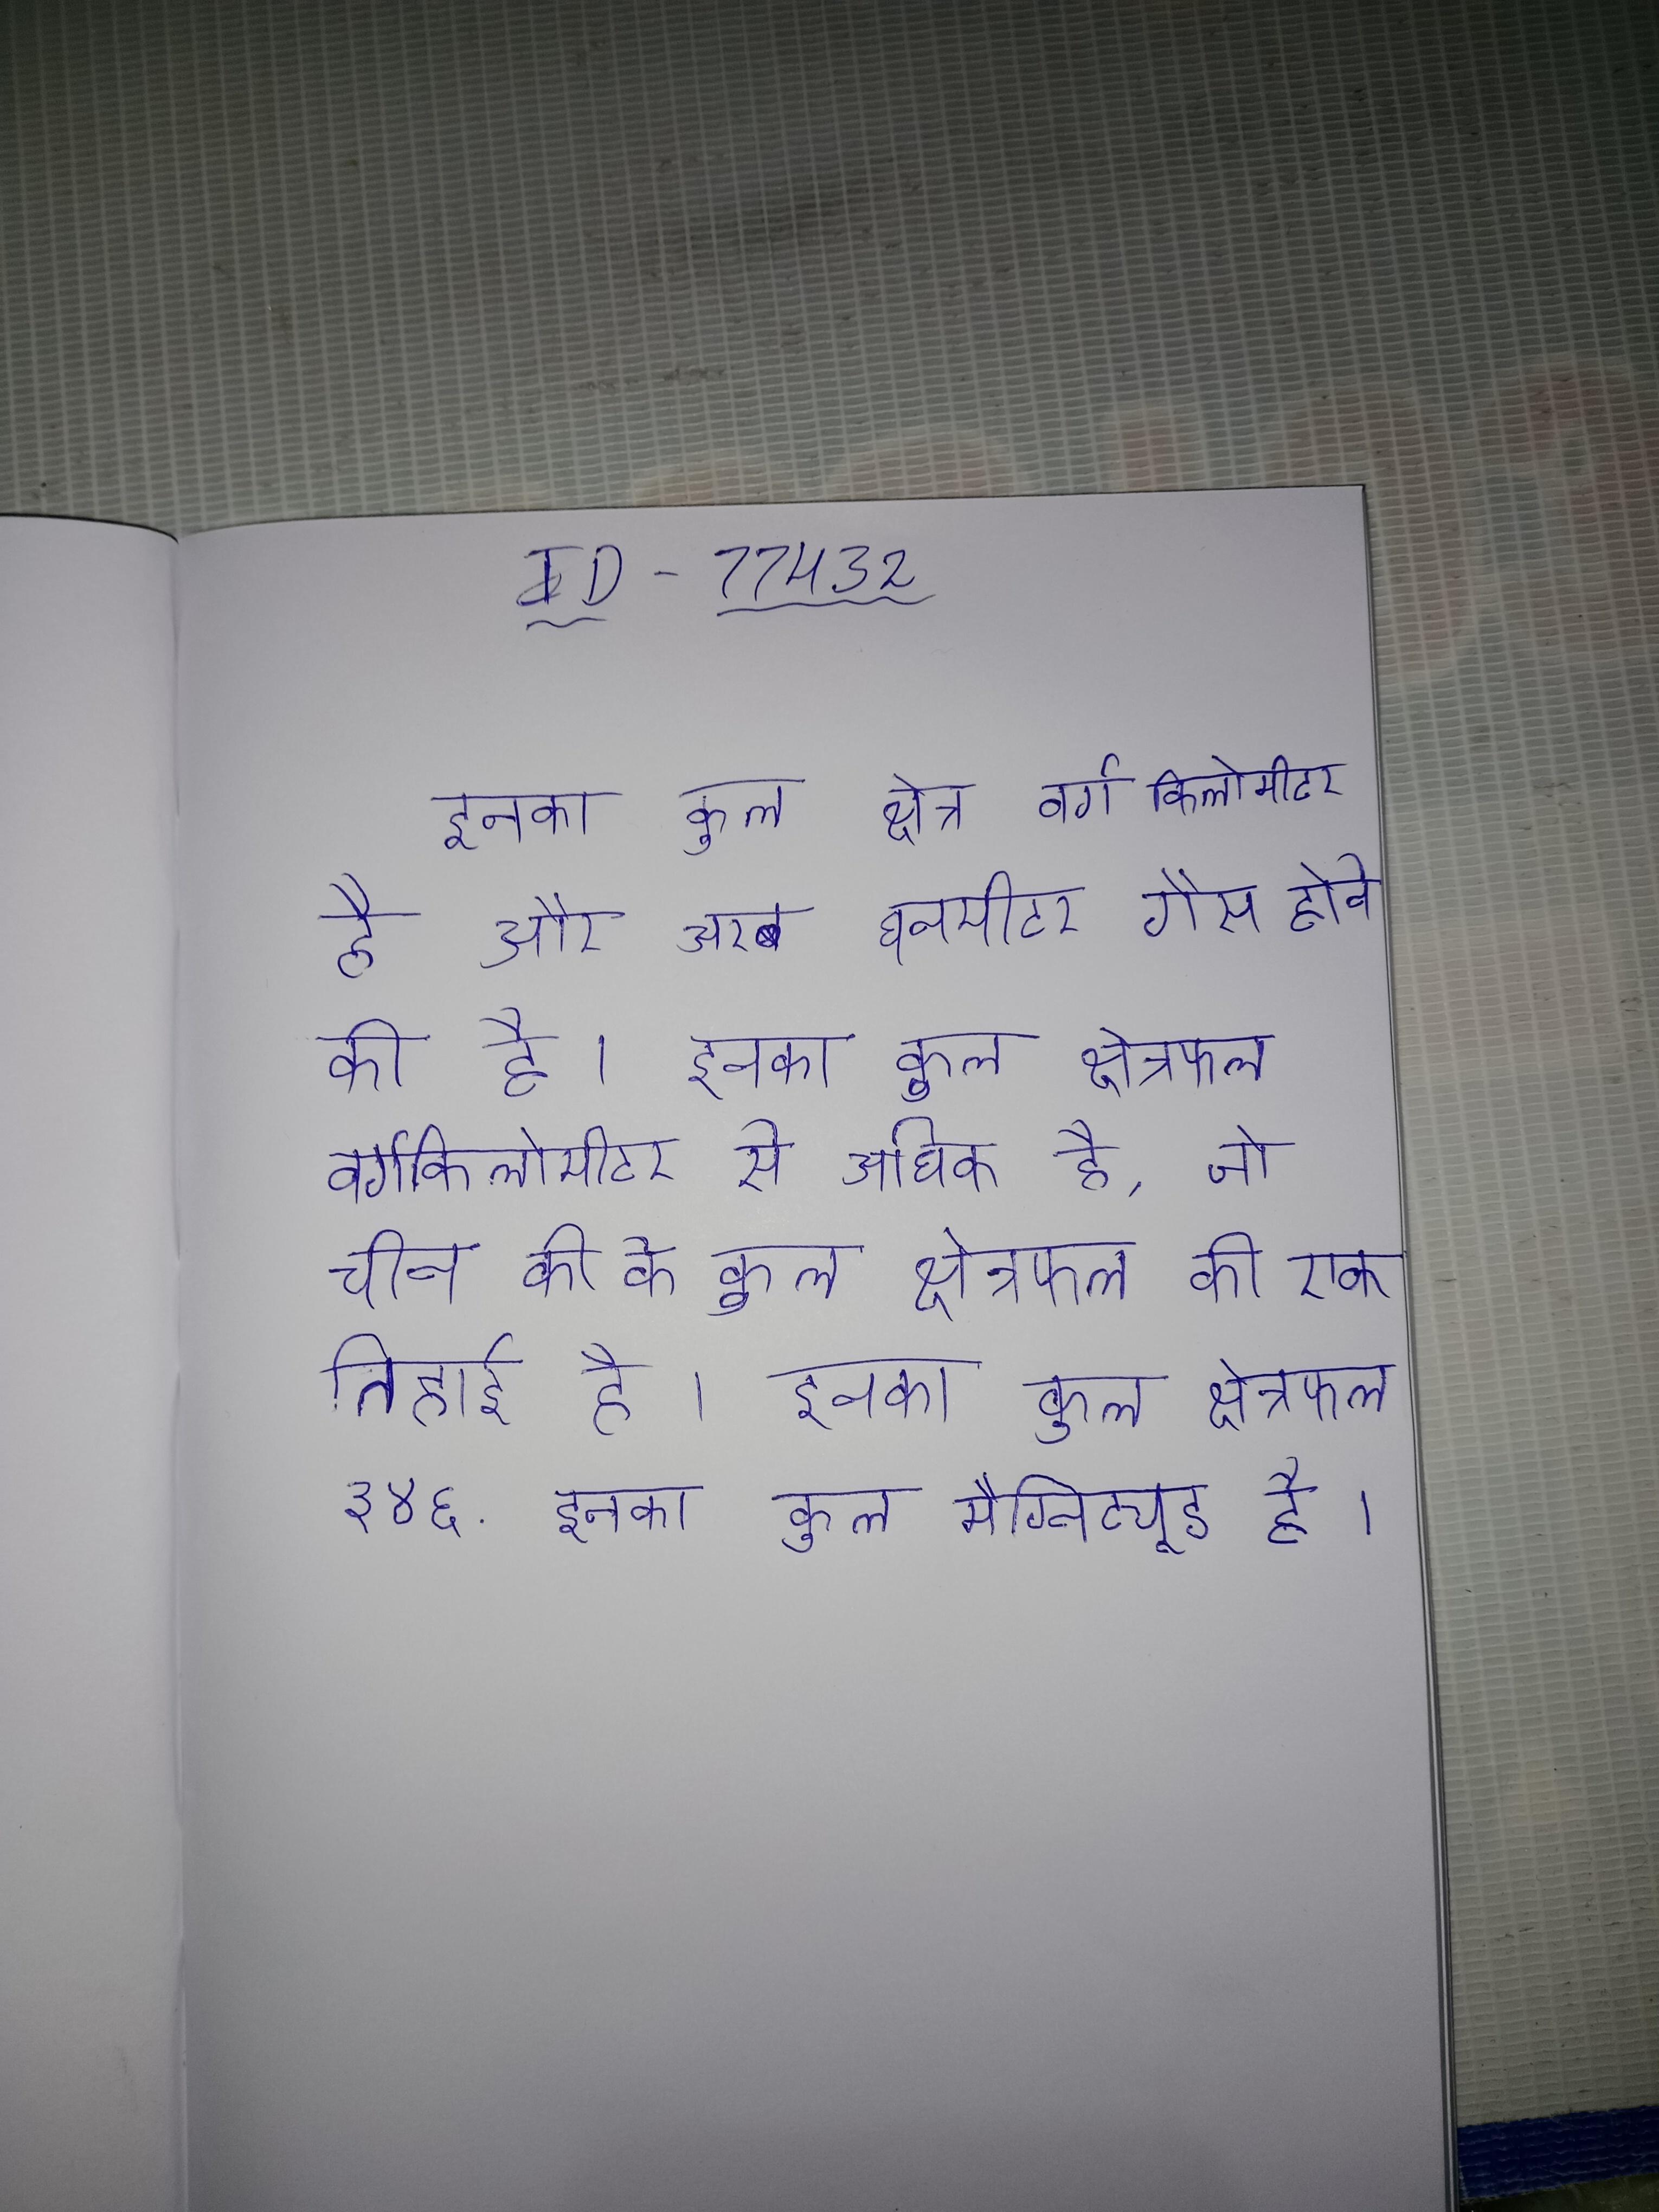
इनका कुल क्षेत्र वर्ग किलोमीटर है और अरब घनमीटर गैस होने की है । इनका कुल क्षेत्रफल वर्गकिलोमीटर से अधिक है, जो चीन की के कुल क्षेत्रफल की एक तिहाई है । इनका कुल क्षेत्रफल ३४६ . इनका कुल मैग्निट्यूड है ।